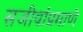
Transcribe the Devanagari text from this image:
सजीवांप्रमाणे